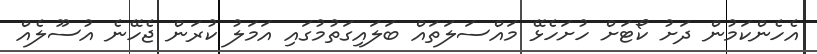
އެހެންކަމުން ދަށު ކޯޓަށް ހުށަހެޅޭ މައްސަލަތައް ބަލައިގަތުމުގައި އަމަލު ކުރަން ޖެހޭނެ އުސޫލެއް